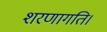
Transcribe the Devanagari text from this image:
शरणागति।